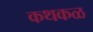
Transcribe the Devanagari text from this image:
कथकळ